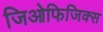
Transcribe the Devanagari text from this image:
जिओफिजिक्स